Bombay plague: being a history of the progress of plague in the Bombay presidency from September 1896 to June 1899
Year: 1896
Disease focus: Plague
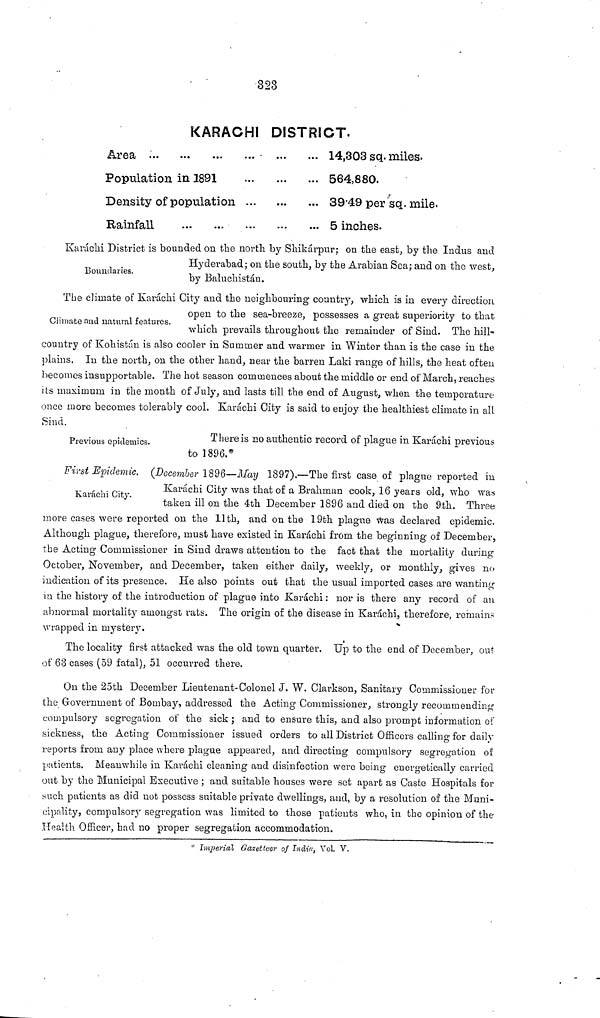
323
KARACHI DISTRICT.
Area .
Population in 1891
Density of population
Rainfall
14,303 sq. miles.
564,880.
39·49 per sq. mile.
5 inches.
Boundaries.
Karáchi District is bounded on the north by Shikárpur; on the east, by the Indus and
Hyderabad; on the south, by the Arabian Sea; and on the west,
by Baluchistán.
Climate and natural features.
The climate of Karachi City and the neighbouring country, which is in every direction
open to the sea-breeze, possesses a great superiority to that
which prevails throughout the remainder of Sind. The hill-
country of Kohistáu is also cooler in Summer and warmer in Winter than is the case in the
plains. In the north, on the other hand, near the barren Laki range of hills, the heat often
becomes insupportable. The hot season commences about the middle or end of March, reaches
its maximum in the month of July, and lasts till the end of August, when the temperature
once more becomes tolerably cool. Karachi City is said to enjoy the healthiest climate in all
Sind.
Previous epidemics.
There is no authentic record of plague in Karáchi previous
to 1896.*
Karachi City.
First Epidemic. (December 1896—May 1897).—The first case of plague reported in
Karachi City was that of a Brahman cook, 16 years old, who was
taken ill on the 4th December 1896 and died on the 9th. Three
more cases were reported on the 11th, and on the 19th plague was declared epidemic.
Although plague, therefore, must have existed in Karachi from the beginning of December,
the Acting Commissioner in Sind draws attention to the fact that the mortality during
October, November, and December, taken either daily, weekly, or monthly, gives no
indication of its presence. He also points out that the usual imported cases are wanting
in the history of the introduction of plague into Karáchi : nor is there any record of an
abnormal mortality amongst rats. The origin of the disease in Karáchi, therefore, remains
wrapped in mystery.
The locality first attacked was the old town quarter. Up to the end of December, out
of 63 cases (59 fatal), 51 occurred there.
On the 25th December Lieutenant-Colonel J. W. Clarkson, Sanitary Commissioner for
the Government of Bombay, addressed the Acting Commissioner, strongly recommending
compulsory segregation of the sick ; and to ensure this, and also prompt information of
sickness, the Acting Commissioner issued orders to all District Officers calling for daily
reports from any place where plague appeared, and directing compulsory segregation of
patients. Meanwhile in Karachi cleaning and disinfection were being energetically carried
out by the Municipal Executive ; and suitable houses were set apart as Caste Hospitals for
such patients as did not possess suitable private dwellings, and, by a resolution of the Muni-
cipality, compulsory segregation was limited to those patients who, in the opinion of the
Health Officer, had no proper segregation accommodation.
* Imperial Gazetteer of India, Vol. V.